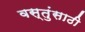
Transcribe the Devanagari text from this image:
वस्तुंसाठी